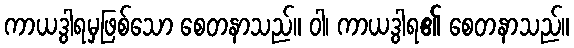
ကာယဒွါရမှဖြစ်သော စေတနာသည်။ ဝါ၊ ကာယဒွါရ၏ စေတနာသည်။